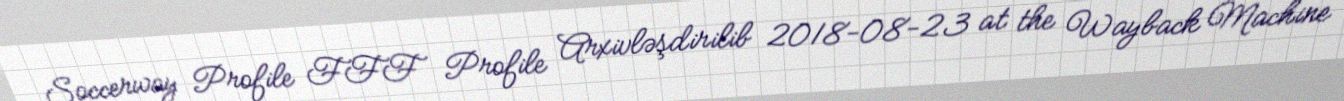
Soccerway Profile FFF Profile Arxivləşdirilib 2018-08-23 at the Wayback Machine